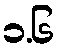
၁.၆